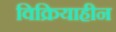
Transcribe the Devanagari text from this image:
विक्रियाहीन